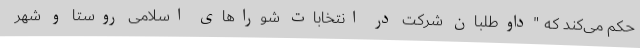
حکم می‌کند که "داوطلبان شرکت در انتخابات شوراهای اسلامی روستا و شهر